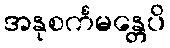
အနုစင်္ကမန္တေပိ